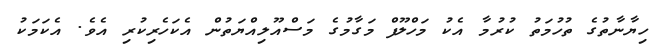
ހިޔާނާތުގެ ތުހުމަތު ކުރުމާ އެކު މަހްލޫފް މަގާމުގެ މަސްއޫލިއްޔަތުން އެކަހެރިކުރި އެވެ. އެކަމަކު